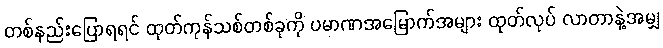
တစ်နည်းပြောရရင် ထုတ်ကုန်သစ်တစ်ခုကို ပမာဏအမြောက်အများ ထုတ်လုပ် လာတာနဲ့အမျှ